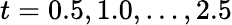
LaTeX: t=0.5,1.0,\ldots,2.5